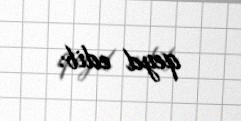
qeyd edib.